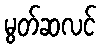
မွတ်ဆလင်